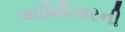
અવિધિસરની